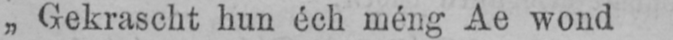
„Gekrascht hun éch méng Ae wond